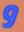
و